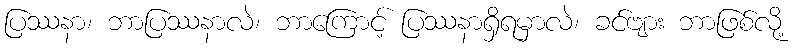
ပြဿနာ၊ ဘာပြဿနာလဲ၊ ဘာကြောင့် ပြဿနာရှိရမှာလဲ၊ ခင်ဗျား ဘာဖြစ်လို့